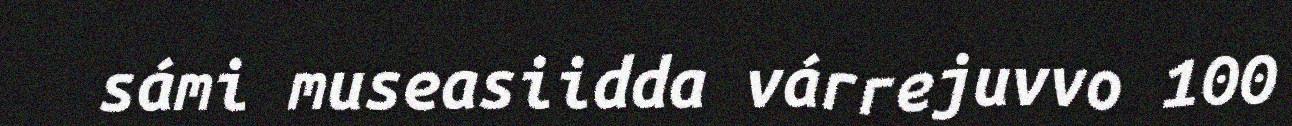
sámi museasiidda várrejuvvo 100